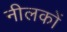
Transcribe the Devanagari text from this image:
नीलकों